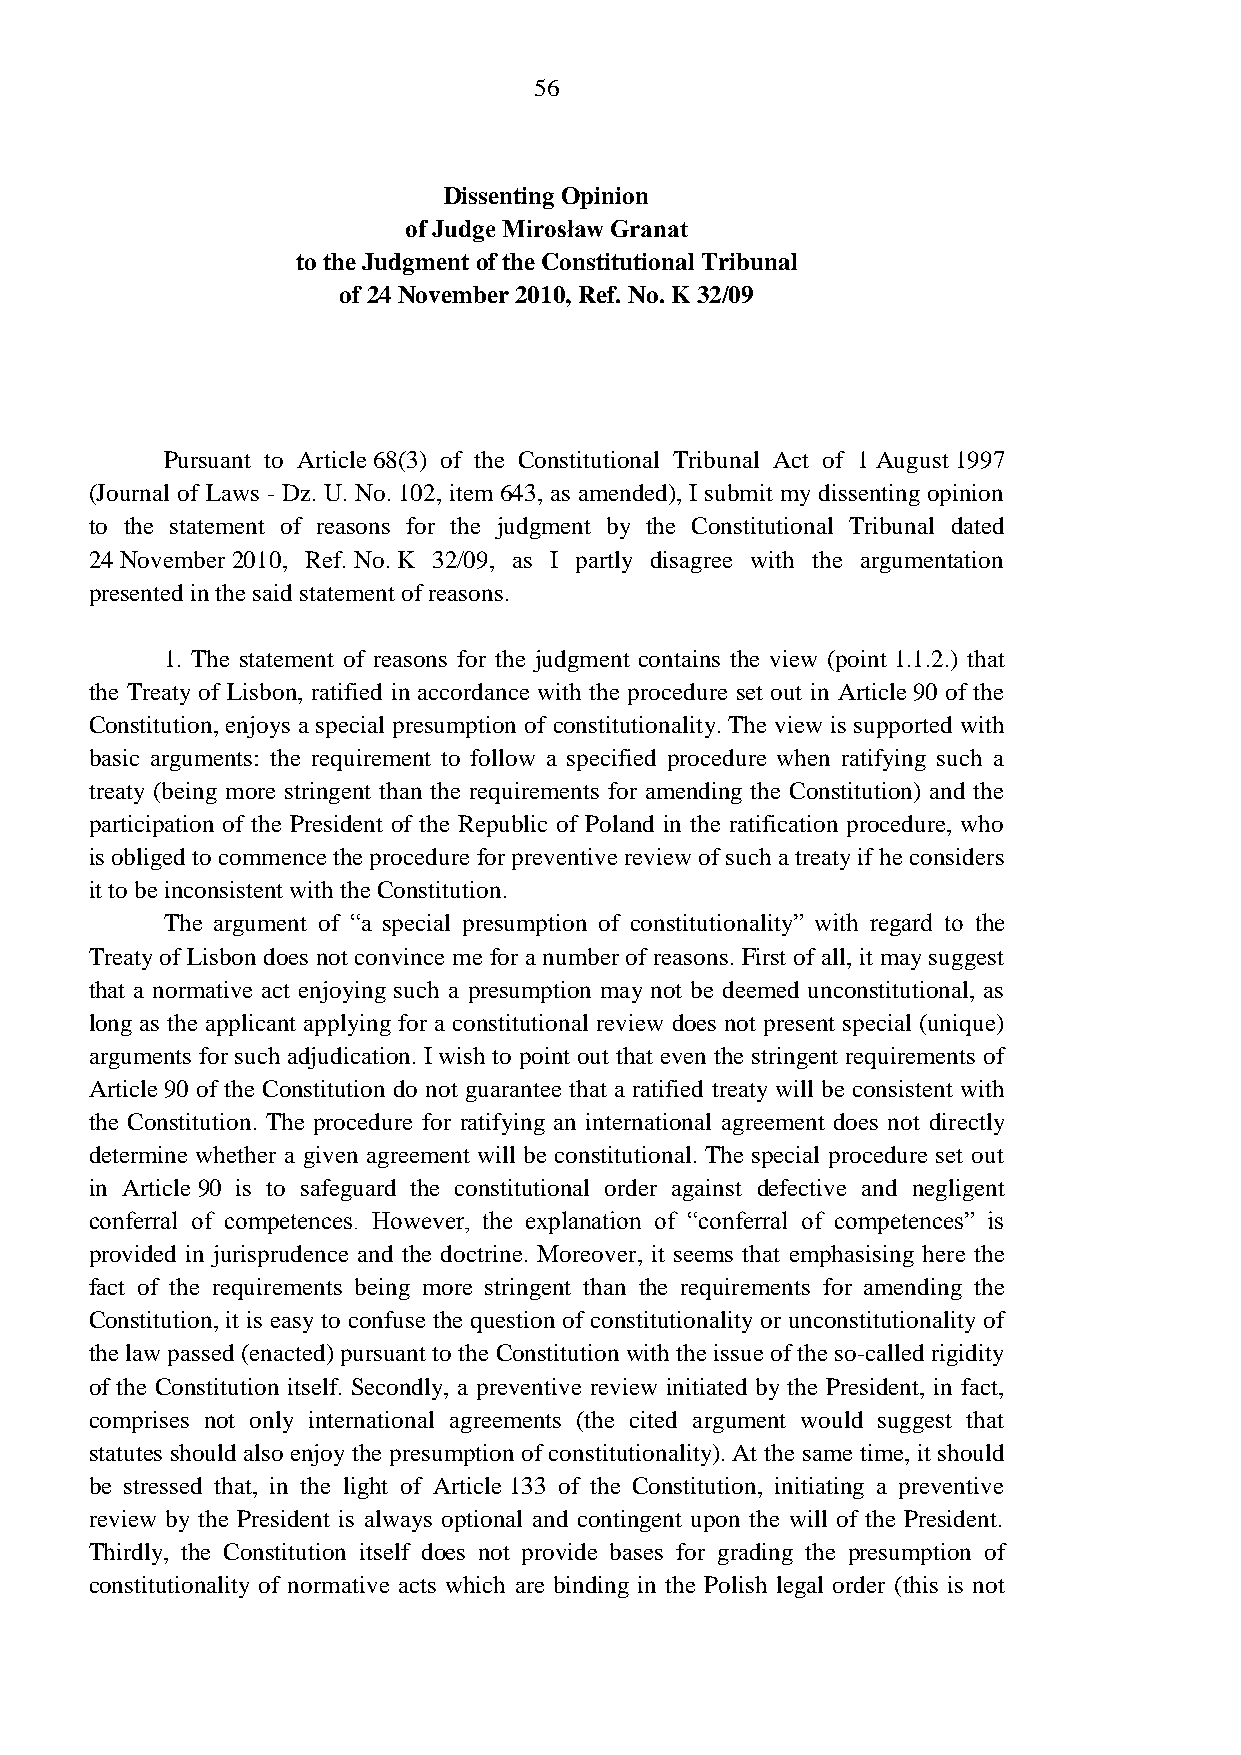
56
 Dissenting Opinion
 of Judge Mirosław Granat
 to the Judgment of the Constitutional Tribunal
 of 24 November 2010, Ref. No. K 32/09
 Pursuant to Article 68(3) of the Constitutional Tribunal Act of 1 August 1997
 (Journal of Laws - Dz. U. No. 102, item 643, as amended), I submit my dissenting opinion
 to the statement of reasons for the judgment by the Constitutional Tribunal dated
 24 November 2010, Ref. No. K 32/09, as I partly disagree with the argumentation
 presented in the said statement of reasons.
 1. The statement of reasons for the judgment contains the view (point 1.1.2.) that
 the Treaty of Lisbon, ratified in accordance with the procedure set out in Article 90 of the
 Constitution, enjoys a special presumption of constitutionality. The view is supported with
 basic arguments: the requirement to follow a specified procedure when ratifying such a
 treaty (being more stringent than the requirements for amending the Constitution) and the
 participation of the President of the Republic of Poland in the ratification procedure, who
 is obliged to commence the procedure for preventive review of such a treaty if he considers
 it to be inconsistent with the Constitution.
 The argument of “a special presumption of constitutionality” with regard to the
 Treaty of Lisbon does not convince me for a number of reasons. First of all, it may suggest
 that a normative act enjoying such a presumption may not be deemed unconstitutional, as
 long as the applicant applying for a constitutional review does not present special (unique)
 arguments for such adjudication. I wish to point out that even the stringent requirements of
 Article 90 of the Constitution do not guarantee that a ratified treaty will be consistent with
 the Constitution. The procedure for ratifying an international agreement does not directly
 determine whether a given agreement will be constitutional. The special procedure set out
 in Article 90 is to safeguard the constitutional order against defective and negligent
 conferral of competences. However, the explanation of “conferral of competences” is
 provided in jurisprudence and the doctrine. Moreover, it seems that emphasising here the
 fact of the requirements being more stringent than the requirements for amending the
 Constitution, it is easy to confuse the question of constitutionality or unconstitutionality of
 the law passed (enacted) pursuant to the Constitution with the issue of the so-called rigidity
 of the Constitution itself. Secondly, a preventive review initiated by the President, in fact,
 comprises not only international agreements (the cited argument would suggest that
 statutes should also enjoy the presumption of constitutionality). At the same time, it should
 be stressed that, in the light of Article 133 of the Constitution, initiating a preventive
 review by the President is always optional and contingent upon the will of the President.
 Thirdly, the Constitution itself does not provide bases for grading the presumption of
 constitutionality of normative acts which are binding in the Polish legal order (this is not